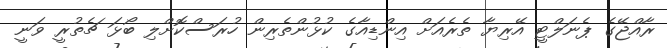
ރާއްޖޭގެ ޕެނަލްޓީ އޭރިޔާ ތެރެއަށް އިންޑިއާގެ ކުޅުންތެރިން ހުރަސްކޮށްލި ބޯޅަ ޗެތުރީ ވަނީ